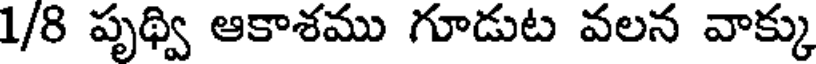
1/8 పృథ్వి ఆకాశము గూడుట వలన వాక్కు